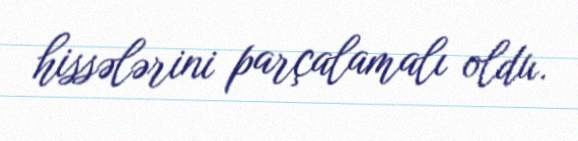
hissələrini parçalamalı oldu.